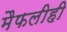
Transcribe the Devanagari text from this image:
मैफलीही